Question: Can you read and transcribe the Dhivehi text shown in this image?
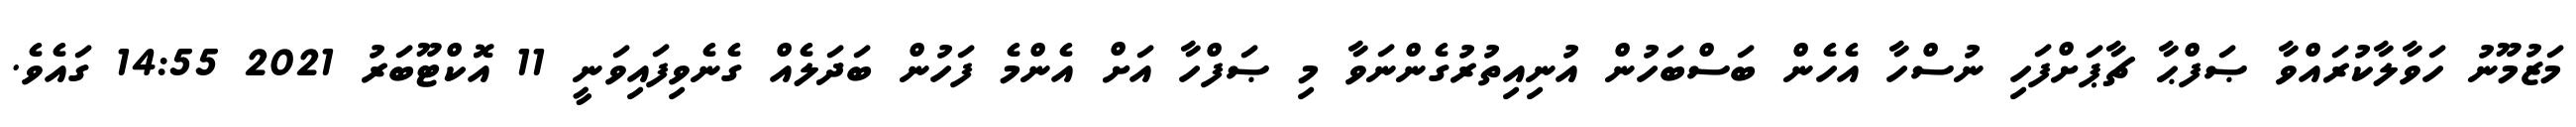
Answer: މަޒުމޫނު ހަވާލާކުރައްވާ ޞަފްޙާ ޗާޕަށްފަހި ނުސްހާ އެހެން ބަސްބަހުން އުނިއިތުރުގެންނަވާ މި ޞަފްހާ އަށް އެންމެ ފަހުން ބަދަލެއް ގެނެވިފައިވަނީ 11 އޮކްޓޫބަރު 2021 14:55 ގައެވެ.